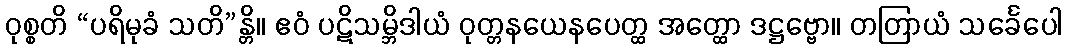
ဝုစ္စတိ “ပရိမုခံ သတိ”န္တိ။ ဧဝံ ပဋိသမ္ဘိဒါယံ ဝုတ္တနယေနပေတ္ထ အတ္ထော ဒဋ္ဌဗ္ဗော။ တတြာယံ သင်္ခေပေါ